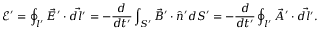
\mathcal E ^ { \prime } = \oint _ { l ^ { \prime } } \vec { E } ^ { \prime } \cdot \vec { d l ^ { \prime } } = - \frac { d } { d t ^ { \prime } } \int _ { S ^ { \prime } } \vec { B } ^ { \prime } \cdot \hat { n } ^ { \prime } d S ^ { \prime } = - \frac { d } { d t ^ { \prime } } \oint _ { l ^ { \prime } } \vec { A } ^ { \prime } \cdot \vec { d l ^ { \prime } } .